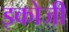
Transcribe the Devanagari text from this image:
इकोजी